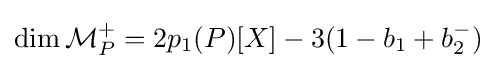
\dim {\mathcal {M}}_{P}^{+}=2p_{1}(P)[X]-3(1-b_{1}+b_{2}^{-})